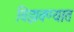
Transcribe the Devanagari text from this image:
विझवण्यात